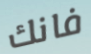
فانك